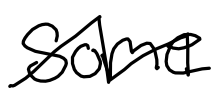
Text: some
Cross-out: zig-zag
Writing tool: digital_black